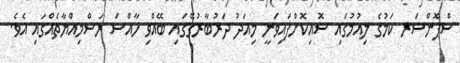
ސްޕޮންސަރ ކަމުގެ ލިއުމުގައި ސޮއިކޮށްފައިވަނީ މިއަދު ދަރުބާރުގޭގައި ބޭއްވި ހާއްސަ ރަސްމިއްޔާތެއްގައި އެވެ.